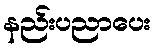
နည်းပညာပေး